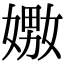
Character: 嫐